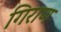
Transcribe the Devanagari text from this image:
गिराण